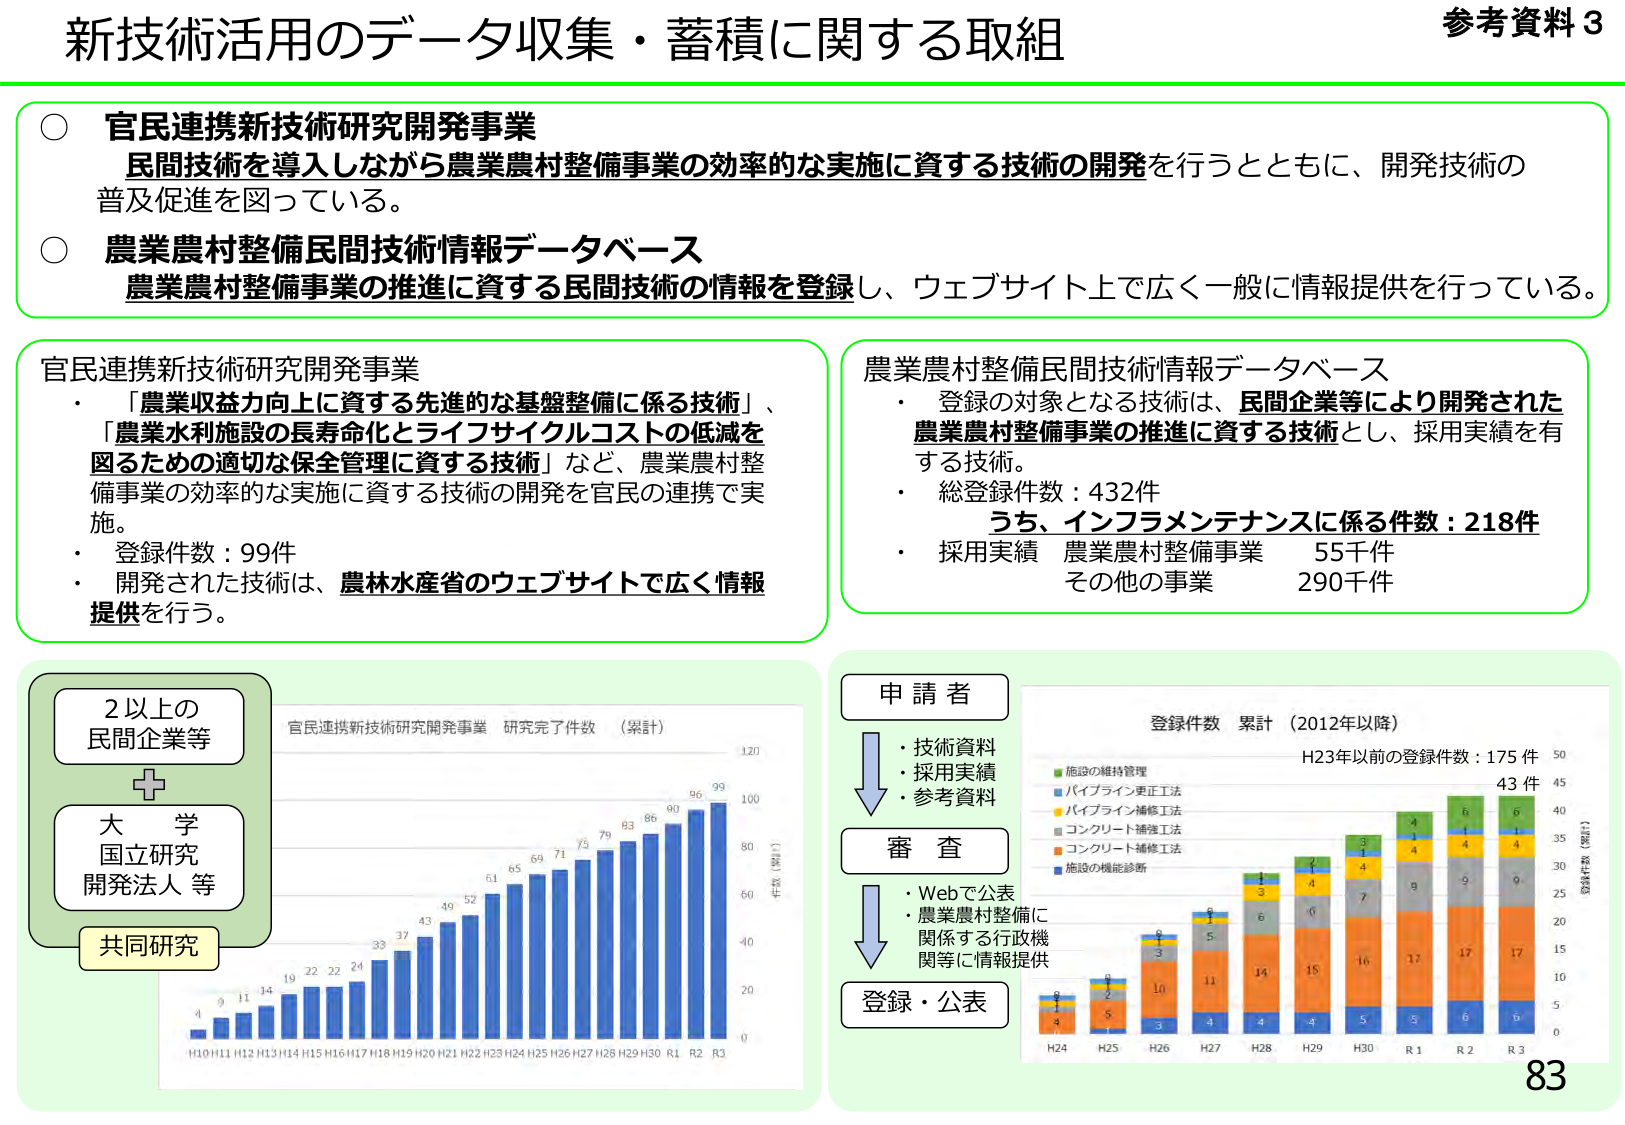
新技術活用のデータ収集・蓄積に関する取組

参考資料 3

○ 官民連携新技術研究開発事業
民間技術を導入しながら農業農村整備事業の効率的な実施に資する技術の開発を行うとともに、開発技術の普及促進を図っている。

○ 農業農村整備民間技術情報データベース
農業農村整備事業の推進に資する民間技術の情報を登録し、ウェブサイト上で広く一般に情報提供を行っている。

官民連携新技術研究開発事業
・「農業収益力向上に資する先進的な基盤整備に係る技術」、
「農業水利施設の長寿命化とライフサイクルコストの低減を図るための適切な保全管理に資する技術」など、農業農村整備事業の効率的な実施に資する技術の開発を官民の連携で実施。
・登録件数：99件
・開発された技術は、農林水産省のウェブサイトで広く情報提供を行う。

農業農村整備民間技術情報データベース
・登録の対象となる技術は、民間企業等により開発された農業農村整備事業の推進に資する技術とし、採用実績を有する技術。
・総登録件数：432件
　うち、インフラメンテナンスに係る件数：218件
・採用実績　農業農村整備事業　55千件
　　　　　その他の事業　　　290千件

2以上の民間企業等
＋
大学
国立研究
開発法人等
共同研究

官民連携新技術研究開発事業 研究完了件数（累計）
H10 H11 H12 H13 H14 H15 H16 H17 H18 H19 H20 H21 H22 H23 H24 H25 H26 H27 H28 H29 H30 R1 R2 R3
4 9 11 14 19 22 22 24 33 37 43 49 52 61 65 69 71 75 79 83 86 90 96 99
件数（件）
0 20 40 60 80 100 120

申請者
・技術資料
・採用実績
・参考資料
審査
・Webで公表
・農業農村整備に関係する行政機関等に情報提供
登録・公表

登録件数 累計（2012年以降）
H23年以前の登録件数：175件
H24 H25 H26 H27 H28 H29 H30 R1 R2 R3
施設の維持管理
パイプライン更正工法
パイプライン補修工法
コンクリート補強工法
コンクリート補修工法
施設の機能診断
43件
0 1 2 3 4 5 6 7 8 9 10 11 12 13 14 15 16 17 18 19 20 21 22 23 24 25 26 27 28 29 30 31 32 33 34 35 36 37 38 39 40 41 42 43 44 45
件数（件）
0 5 10 15 20 25 30 35 40 45 50

83